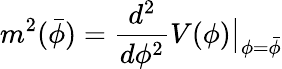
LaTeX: m^{2}(\bar{\phi})=\frac{d^{2}}{d\phi^{2}}V(\phi)\big|_{\phi=\bar{\phi}}